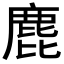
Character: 𪊕